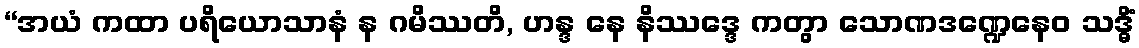
“အယံ ကထာ ပရိယောသာနံ န ဂမိဿတိ, ဟန္ဒ နေ နိဿဒ္ဒေ ကတွာ သောဏဒဏ္ဍေနေဝ သဒ္ဓိံ